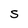
Character: S